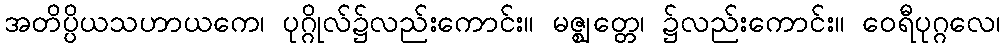
အတိပ္ပိယသဟာယကေ၊ ပုဂ္ဂိုလ်၌လည်းကောင်း။ မဇ္ဈတ္တေ၊ ၌လည်းကောင်း။ ဝေရီပုဂ္ဂလေ၊